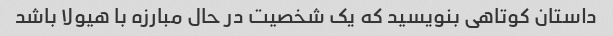
داستان کوتاهی بنویسید که یک شخصیت در حال مبارزه با هیولا باشد